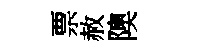
票赦隩